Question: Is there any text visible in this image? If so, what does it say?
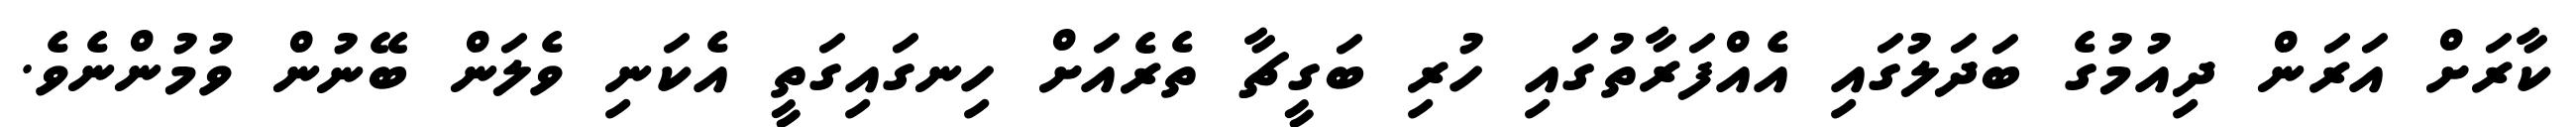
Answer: ކާރަށް އަރަން ދިއުމުގެ ބަދަލުގައި އެއްފަރާތުގައި ހުރި ބަގީޗާ ތެރެއަށް ހިނގައިގަތީ އެކަނި ވެލަން ބޭނުން ވުމުންނެވެ.